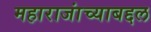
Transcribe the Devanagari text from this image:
महाराजांच्याबद्दल